Madras plague regulations and rules - Volume 2
Disease focus: Plague
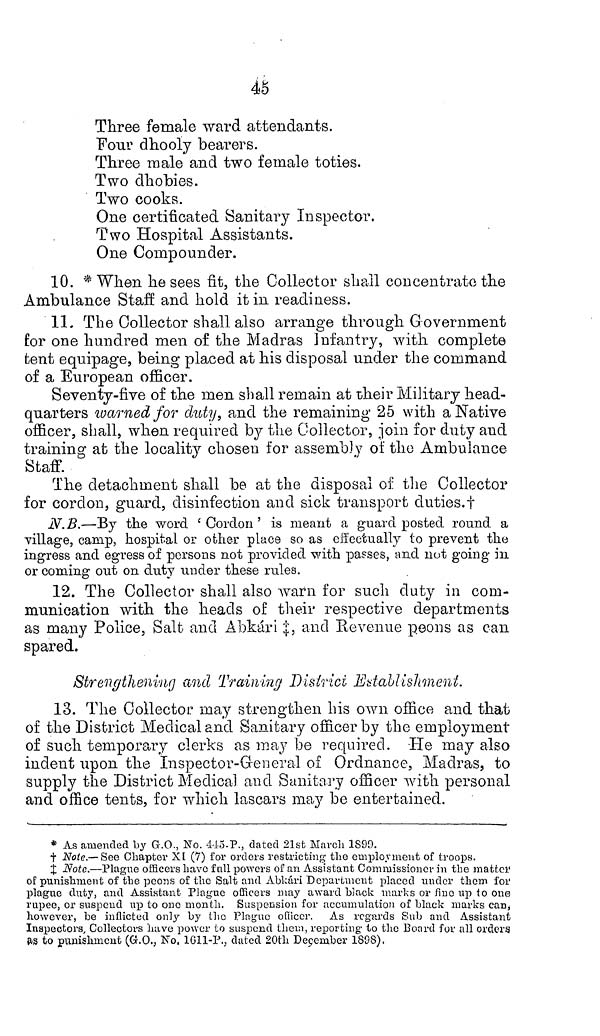
45
Three female ward attendants.
Four dhooly bearers.
Three male and two female toties.
Two dhobies.
Two cooks.
One certificated Sanitary Inspector.
Two Hospital Assistants.
One Compounder.
10. * When he sees fit, the Collector shall concentrate the
Ambulance Staff and hold it in readiness.
11. The Collector shall also arrange through Government
for one hundred men of the Madras Infantry, with complete
tent equipage, being placed at his disposal under the command
of a European officer.
Seventy-five of the men shall remain at their Military head-
quarters warned for duty, and the remaining 25 with a Native
officer, shall, when required by the Collector, join for duty and
training at the locality chosen for assembly of the Ambulance
Staff.
The detachment shall be at the disposal of the Collector
for cordon, guard, disinfection and sick transport duties.†
N.B.—'By the word 'Cordon' is meant a guard posted round a
village, camp, hospital or other place so as effectually to prevent the
ingress and egress of persons not provided with parses, and not going in
or coming out on duty under these rules.
12. The Collector shall also warn for such duty in com-
munication with the heads of their respective departments
as many Police, Salt and Abkári ‡, and Revenue peons as can
spared.
Strengthening and Training District Establishment.
13. The Collector may strengthen his own office and that
of the District Medical and Sanitary officer by the employment
of such temporary clerks as may be required. He may also
indent upon the Inspector-G-eneral of Ordnance, Madras, to
supply the District Medical and Sanitary officer with personal
arid office tents, for which lascars may be entertained.
* As amended by G.O., No. 4-15-P., dated 21st March 1899.
† Note.— See Chapter XI (7) for orders restricting the employment of troops.
‡ Note.—Plague officers have full powers of an Assistant Commissioner in the matter
of punishment of the peons of the Salt and Abkári Department placed under them for
plague duty, and Assistant Plague officers may award black marks or fine up to one
rupee, or suspend up to one month. Suspension for accumulation of black marks can,
however, be inflicted only by the Plague officer. As regards Sub and Assistant
Inspectors, Collectors have power to suspend them, reporting to the Board for all orders
as to punishment (G.O., No, 1611-P., dated 20th December 1808),